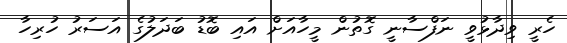
ހެރީ ވިދާޅުވީ ނަފްސާނީ ގޮތުން މީހާއަށް އައި ބޮޑު ބަދަލުގެ އަސަރު ހުރިހާ